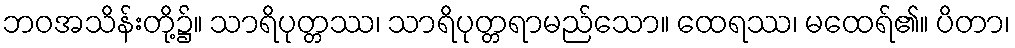
ဘဝအသိန်းတို့၌။ သာရိပုတ္တဿ၊ သာရိပုတ္တရာမည်သော။ ထေရဿ၊ မထေရ်၏။ ပိတာ၊